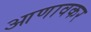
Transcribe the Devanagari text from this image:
आणावकर